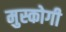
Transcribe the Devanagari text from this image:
मुस्कोगी